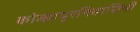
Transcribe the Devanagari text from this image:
कोल्हापूरनिवासिनी